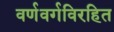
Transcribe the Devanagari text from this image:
वर्णवर्गविरहित